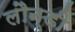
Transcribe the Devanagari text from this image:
लौन्डी